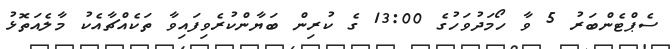
ސެޕްޓެންބަރު 5 ވާ ހޯމަދުވަހުގެ 13:00 ގެ ކުރިން ބަޔާންކުރެވިފައިވާ ތަކެއްޗާއެކު މާލެއަތޮޅު